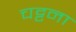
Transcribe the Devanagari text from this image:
चट्टना